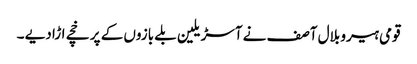
قومی ہیرو بلال آصف نے آسڑیلین بلے بازوں کے پر خچے اڑا دیے ۔